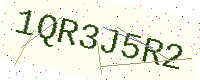
Text: 1QR3J5R2